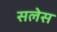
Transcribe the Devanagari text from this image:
सलेस